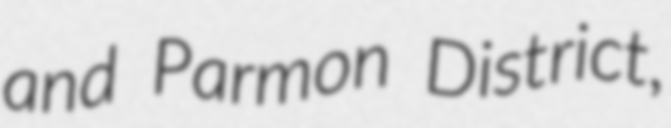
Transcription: and Parmon District,